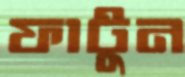
ফাটুন